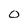
Character: 0